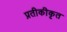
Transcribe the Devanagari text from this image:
प्रतीकीकृत